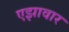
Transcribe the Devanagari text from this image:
एझावार